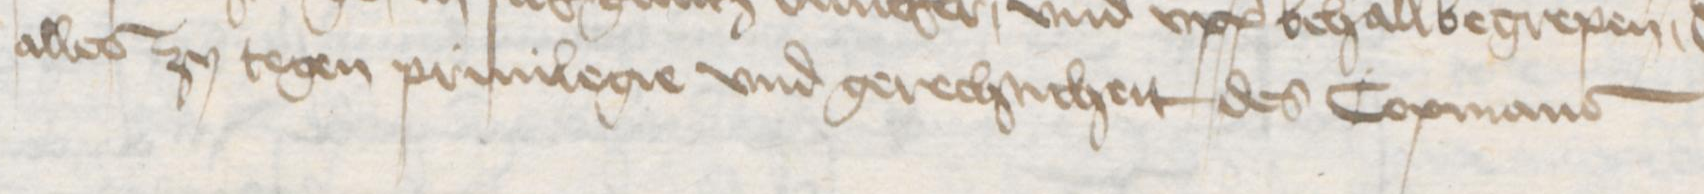
alles zu tegen priuilegie vnd gerechticheit des Copmans